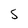
Character: 5